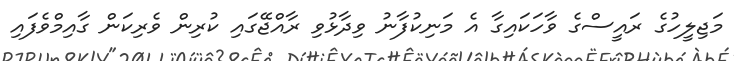
މަޖިލީހުގެ ރައީސްގެ ވާހަކައިގާ އެ މަނިކުފާނު ވިދާޅުވި ރާއްޖޭގައި ކުރިން ވެރިކަން ގާއިމްވެފައި